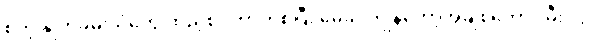
စတဲ့ နှုတ်ခမ်းသံတွေ ထည့်စပ်တာကစပြီး မေခင်ကျွန်တော့်အချစ်တော် ၊ မီးပုံပွဲ ၊